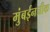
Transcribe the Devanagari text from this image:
मुंबईनजीक